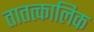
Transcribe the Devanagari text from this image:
तातत्कालिक